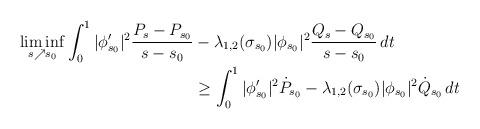
LaTeX: \begin{align*}\liminf_{s \nearrow s_0} \int_0^1 |\phi_{s_0}'|^2 \frac{P_s-P_{s_0}}{s-s_0} &- \lambda_{1,2}(\sigma_{s_0}) |\phi_{s_0}|^2 \frac{Q_s-Q_{s_0}}{s-s_0} \,dt \\&\ge \int_0^1 |\phi_{s_0}'|^2 \dot P_{s_0} - \lambda_{1,2}(\sigma_{s_0}) |\phi_{s_0}|^2 \dot Q_{s_0} \,dt\end{align*}